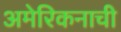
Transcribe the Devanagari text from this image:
अमेरिकनाची